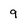
Character: g